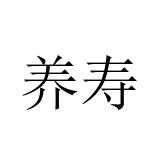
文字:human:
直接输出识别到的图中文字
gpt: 养寿